Report on the working of the Ranchi Indian Mental Hospital, Kanke, in Bihar and Orissa - 1930-1940
Year: 1930
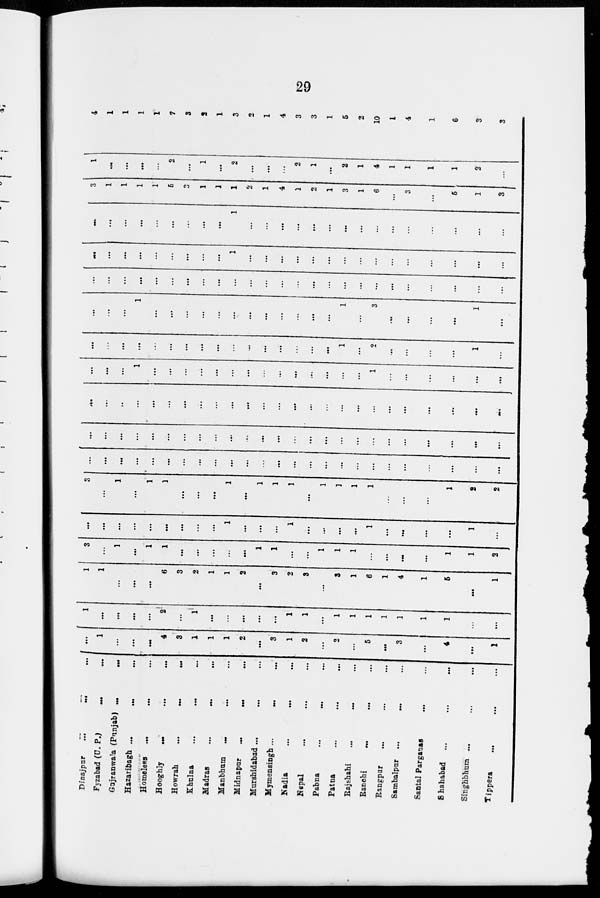
29
Dinajpnr
...
...
...
Fyzabad (U. P.) ... ...
Gujranwala (Punjab) ... ...
Hazaribagh ... ... ...
Homeless
... ... ...
Hooghly ... ... ...
Howrah ... ... ...
Khulna ... ... ...
Madras ... ... ...
Manbham
... ... ...
Midnapar
... ... ...
Murshidabad ... ... ...
Mymensingh ... ... ...
Nadia ... ... ...
Nepal ... ... ...
Pabna ... ... ...
Patna ... ... ...
Rajshahi ... ... ...
Ranchi ... ... ...
Rangpar ... ... ...
Sambalpur ... ... ...
Santal Parganas ... ...
Shahabad ... ... ...
Singhbhma ... ... ...
Tippera
...
...
...
...
1
...
...
...
4
3
1
1
1
2
...
3
1
2
...
2
...
5
...
3
...
4
...
1
1
...
...
...
...
2
...
1
...
...
...
...
...
1
1
...
1
1
1
1
1
1
1
...
...
1
1
...
...
...
6
3
2
1
1
2
...
3
2
3
...
3
1
6
1
4
1
5
...
1
3
...
1
...
1
1
...
...
...
...
...
1
1
...
...
1
1
1
...
...
...
...
1
1
2
...
...
...
...
...
...
...
...
...
1
...
...
...
1
...
...
...
...
1
...
...
...
...
1
...
3
...
1
...
1
1
...
...
...
1
...
1
1
1
...
1
1
1
1
...
...
...
1
2
2
...
...
...
...
...
...
...
...
...
...
...
...
...
...
...
...
...
...
...
...
...
...
...
...
...
...
...
...
...
...
...
...
...
...
...
...
...
...
...
...
...
...
...
...
...
...
...
...
...
...
...
...
...
...
...
...
...
...
...
...
...
...
...
...
...
...
...
...
...
...
...
...
...
...
...
...
...
...
...
1
...
...
...
...
...
...
...
...
...
...
...
...
...
...
1
...
...
...
...
...
...
...
...
...
...
...
...
...
...
...
...
...
...
...
...
...
...
1
...
2
...
...
...
1
...
...
...
...
...
1
...
...
...
...
...
...
...
...
...
...
...
...
1
...
3
...
...
...
1
...
...
...
...
...
...
...
...
...
...
...
...
...
...
...
...
...
...
...
...
...
...
...
...
...
...
...
...
...
...
...
...
...
...
...
1
...
...
...
...
...
...
...
...
...
...
...
...
...
...
...
...
...
...
...
...
...
...
...
...
1
...
...
...
...
...
...
...
...
...
...
...
...
...
...
...
3
1
1
1
1
5
3
1
1
1
2
1
4
1
2
1
3
1
6
...
3
...
5
1
3
1
...
...
...
...
2
...
...
1
2
...
...
...
2
1
...
2
1
4
1
1
1
1
2
...
4
1
1
1
1
7
3
1
2
3
2
1
4
3
3
1
5
2
10
1
4
1
6
3
3